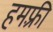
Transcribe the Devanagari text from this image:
हमफ़्री